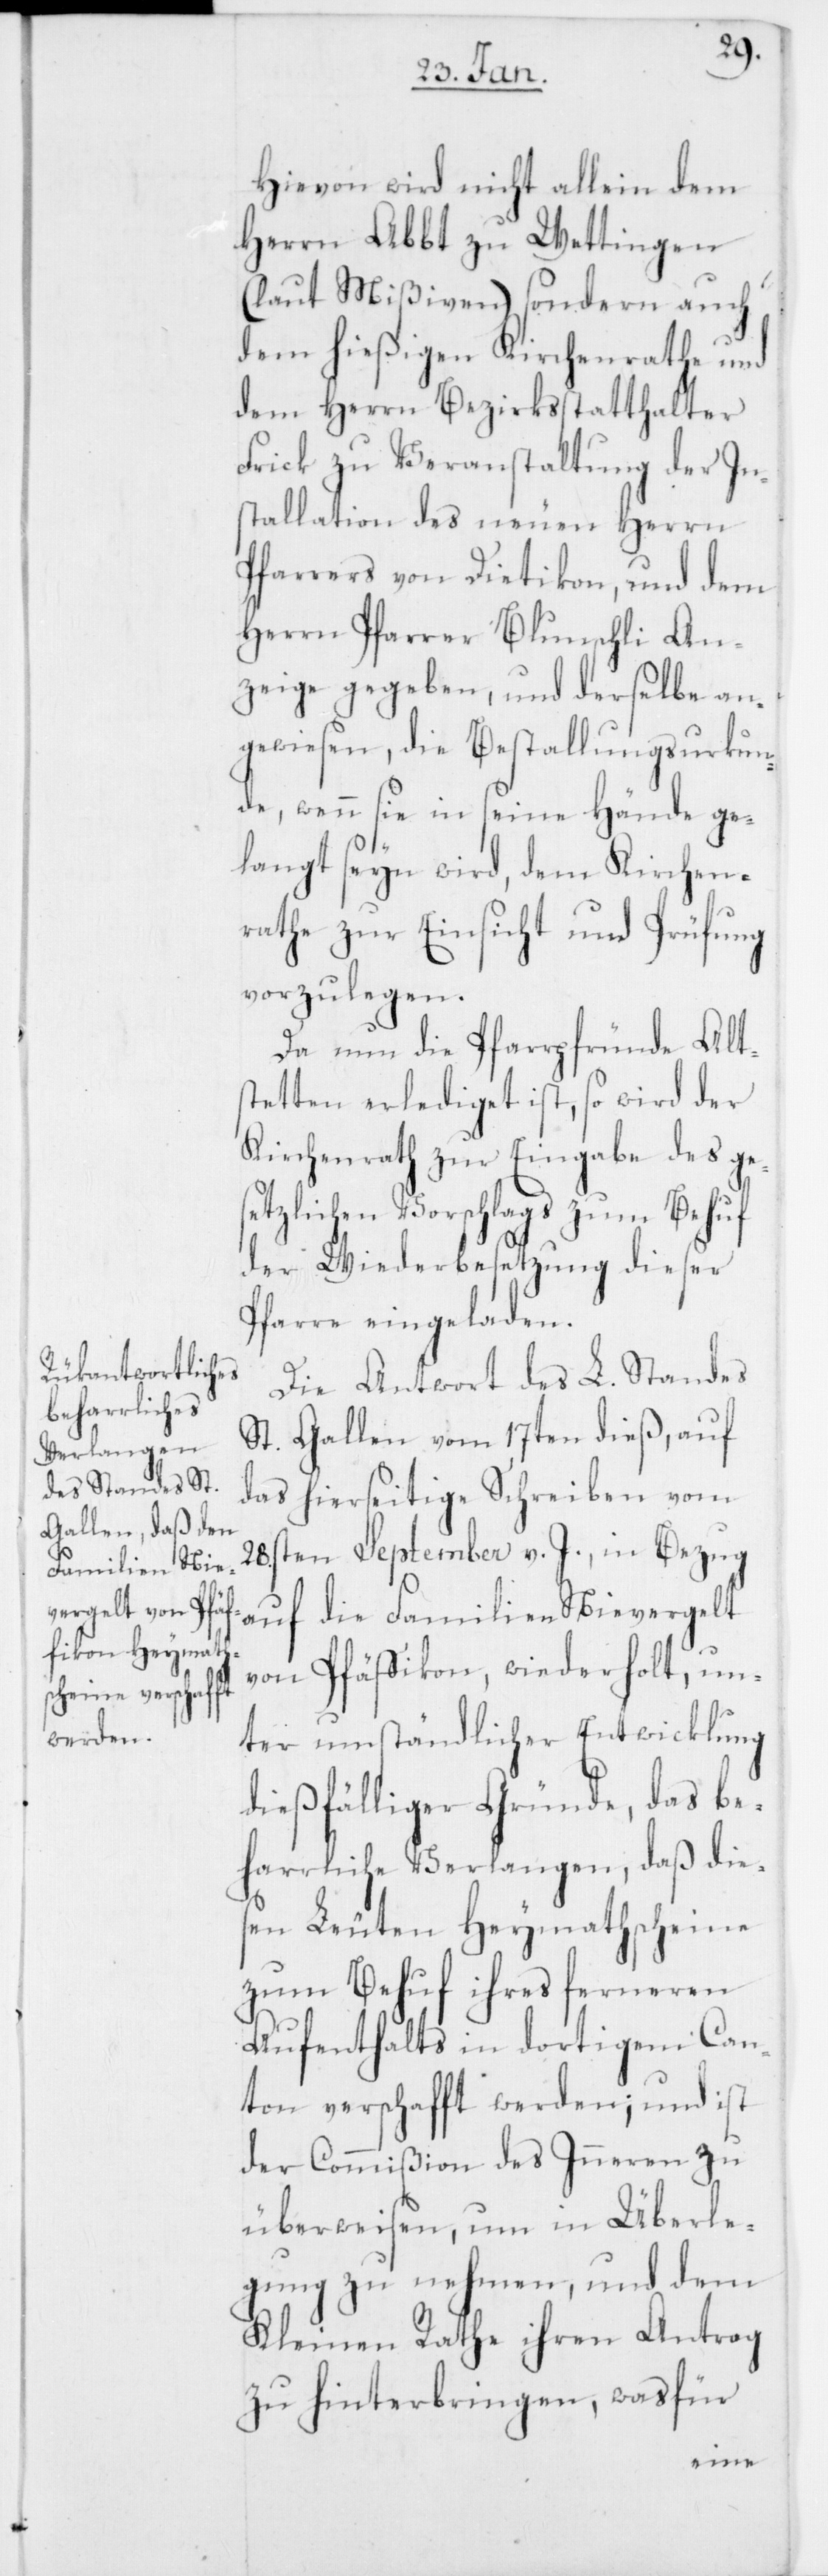
Hievon wird nicht allein dem
Herrn Abbt zu Wettingen
(laut Mißiven), sondern auch
dem hießigen Kirchenrathe und
dem Herrn Bezirksstatthalter
Frick zu Veranstaltung der In¬
stallation des neuen Herrn
Pfarrers von Dietikon, und dem
Herrn Pfarrer Blunschli An¬
zeige gegeben, und derselbe an¬
gewiesen, die Bestallungsurkun¬
de, wenn sie in seine Hände ge¬
langt seyn wird, dem Kirchen¬
rathe zur Einsicht und Prüfung
vorzulegen.
Da nun die Pfarrpfründe Alts¬
tetten erlediget ist, so wird der
Kirchenrath zur Eingabe des ges¬
etzlichen Vorschlags zum Behuf
der Wiederbesetzung dieser
Pfarre eingeladen.
Die Antwort des L. Standes
St. Gallen vom 17ten dieß, auf
das hierseitige Schreiben vom
28sten September v. J., in Bezug
auf die Familien Nievergelt
von Pfäffikon, wiederholt, un¬
ter umständlicher Entwicklung
dießfälliger Gründe, das be¬
harrliche Verlangen, daß dies¬
en Leuten Heymathscheine
zum Behuf ihres ferneren
Aufenthalts in dortigem Can¬
ton verschafft werden; und ist
der Commißion des Inneren zu
überweisen, um in Überle¬
gung zu nehmen, und dem
Kleinen Rathe ihren Antrag
zu hinterbringen, was für